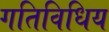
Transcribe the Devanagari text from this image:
गतिविधिय